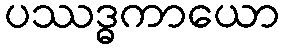
ပဿဒ္ဓကာယော